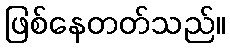
ဖြစ်နေတတ်သည်။